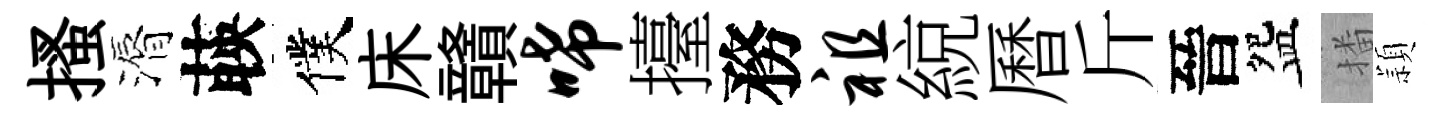
搔漘𦴤僕床贛唏擡務祖綂曆斤晉盌播頴